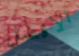
الافضل